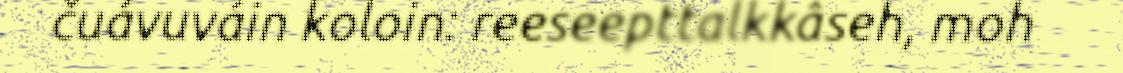
čuávuváin koloin: reeseepttalkkâseh, moh